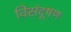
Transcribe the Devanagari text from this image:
विसंदूषण